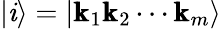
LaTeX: |\mathit{i}\rangle=|\pmb{\mathrm{{k}}}_{1}\pmb{\mathrm{{k}}}_{2}\cdots\pmb{\mathrm{{k}}}_{m}\rangle